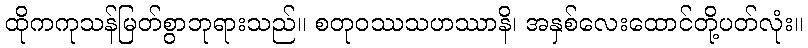
ထိုကကုသန်မြတ်စွာဘုရားသည်။ စတုဝဿသဟဿာနိ၊ အနှစ်လေးထောင်တို့ပတ်လုံး။